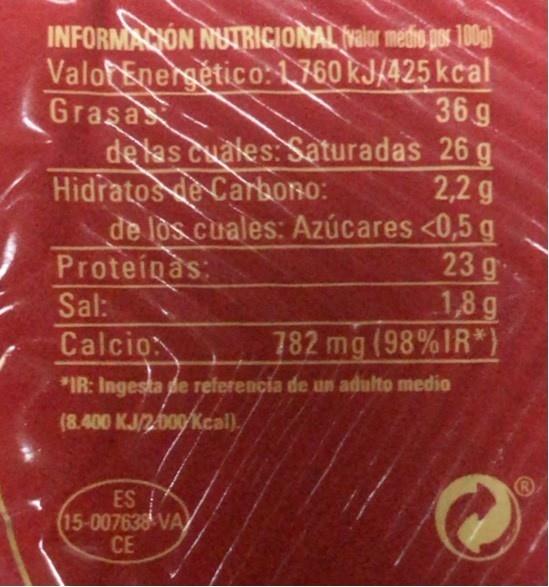
INFORMACIÓN NUTRICIONAL Nalor medio pos 100g)
ValotEnergetico:L760 kJ/425 kcal 36 g
Graşas
de las cuales. Saturadas 26 g 2,2 g
Hidratos de Carbono:
de los cuales: Azúcares <0,5 g 23 g 1,8g 782 mg (98%IR*}
Proteinas: Sal:
Calcio
*IR: Ingesta de referencia de un adulto medio
(8.400 KJ/2000Kcal),
ES 15-007638 VA CE